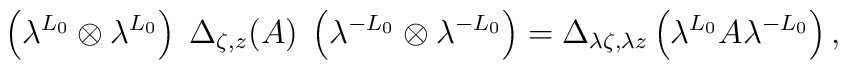
\left(\lambda^{L_{0}} \otimes \lambda^{L_{0}} \right)\;\Delta_{\zeta,z}(A)\;\left(\lambda^{-L_{0}} \otimes \lambda^{-L_{0}} \right)= \Delta_{\lambda\zeta, \lambda z}\left(\lambda^{L_{0}} A\lambda^{-L_{0}}\right),